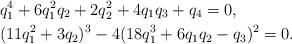
LaTeX: \begin{align*} &q_1^4 + 6 q_1^2 q_2 + 2 q_2^2 + 4 q_1 q_3 + q_4 = 0, \\ &(11 q_1^2 + 3 q_2)^3 - 4 (18 q_1^3 + 6 q_1 q_2 - q_3)^2 = 0. \end{align*}